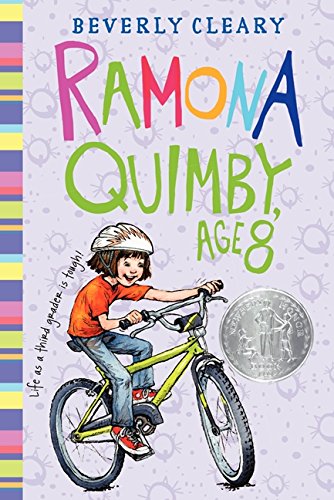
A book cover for Ramona Quimby, Age 8; Beverly Cleary; Children's Books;